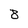
Character: 8